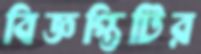
বিজ্ঞপ্তিটির